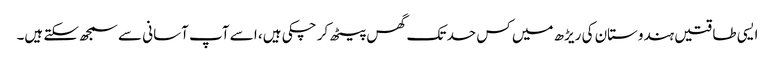
ایسی طاقتیں ہندوستان کی ریڑھ میں کس حد تک گھس پیٹھ کر چکی ہیں، ا سے آپ آسانی سے سمجھ سکتے ہیں۔